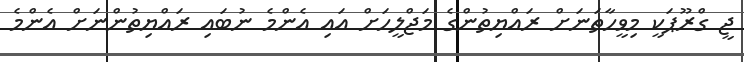
ޖީ ގްރޫޕަކީ މިވީހާތަނަށް ރައްޔިތުންގެ މަޖްލީހަށް އައި އެންމެ ނުބައި ރައްޔިތުންނަށް އެންމެ